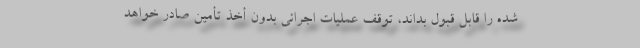
شده را قابل قبول بداند، توقف عملیات اجرائی بدون أخذ تأمین صادر خواهد